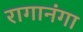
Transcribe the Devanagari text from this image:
रागानंगा